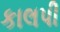
કાલપી